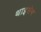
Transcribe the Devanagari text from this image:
थाइसेन